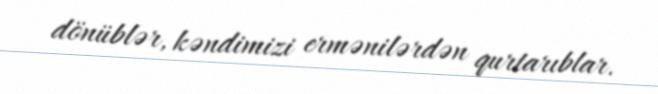
dönüblər, kəndimizi ermənilərdən qurtarıblar.